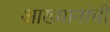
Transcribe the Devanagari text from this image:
आख्यानांची